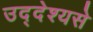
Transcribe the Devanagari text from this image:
उद्देश्‍यसे